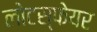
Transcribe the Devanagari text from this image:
लोटस्फेयर